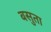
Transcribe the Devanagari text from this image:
बसुता